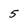
Character: 5